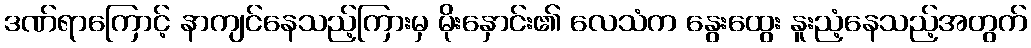
ဒဏ်ရာကြောင့် နာကျင်နေသည့်ကြားမှ မိုးနှောင်း၏ လေသံက နွေးထွေး နူးညံ့နေသည့်အတွက်